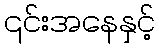
၎င်းအနေနှင့်